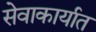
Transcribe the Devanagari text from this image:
सेवाकार्यात